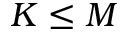
K \le M